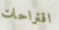
اقتراحات